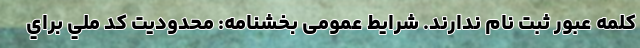
كلمه عبور ثبت نام ندارند. شرايط عمومی بخشنامه: محدوديت كد ملي براي